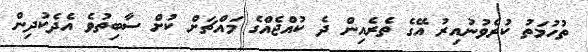
ތުހުމަތު ކުރެވުނުއިރު އޭގެ ތެރެއިން ދެ ކުއްޖެއްގެ މައްޗަށް ކުށް ސާބިތުވެ އެދެކުދިން